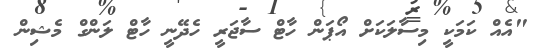
"އެއް ކަމަކީ މިސާލަކަށް އޯޕަން ހާޓް ސާޖަރީ ހެދޭނީ ހާޓް ލަންގް މެޝިން